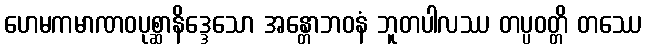
ဟေမကမာဏဝပုစ္ဆာနိဒ္ဒေသော အန္တောဘဝနံ ဘူတပါလဿ တပ္ပဝတ္တိ တဿေ